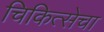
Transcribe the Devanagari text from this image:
चिकित्सेचा